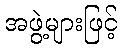
အဖွဲ့များဖြင့်